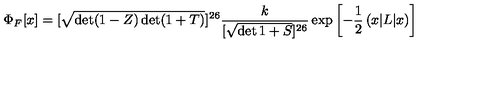
\Phi _ { F } [ x ] = [ \sqrt { \det ( 1 - Z ) \det ( 1 + T ) } ] ^ { 2 6 } \frac { k } { [ \sqrt { \det 1 + S } ] ^ { 2 6 } } \exp \left[ - \frac { 1 } { 2 } \left( x | L | x \right) \right]